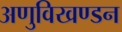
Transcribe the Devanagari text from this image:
अणुविखण्डन